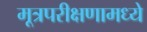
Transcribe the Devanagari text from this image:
मूत्रपरीक्षणामध्ये